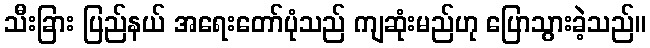
သီးခြား ပြည်နယ် အရေးတော်ပုံသည် ကျဆုံးမည်ဟု ပြောသွားခဲ့သည်။